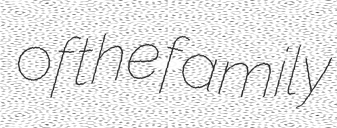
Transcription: of the family